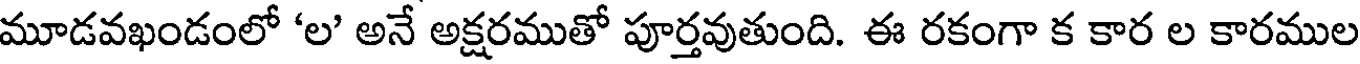
మూడవఖండంలో 'ల' అనే అక్షరముతో పూర్తవుతుంది. ఈ రకంగా క కార ల కారముల